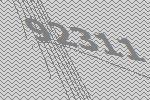
92311